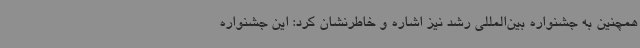
همچنین به جشنواره بین‌المللی رشد نیز اشاره و خاطرنشان کرد: این جشنواره